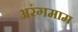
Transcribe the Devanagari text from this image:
अरंगमाम